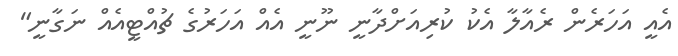
އެއީ އަހަރެން ރެއާލާ އެކު ކުރިއަށްދާނީ ނޫނީ އެއް އަހަރުގެ ޗުއްޓީއެއް ނަގާނީ"